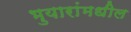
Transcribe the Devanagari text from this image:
भुयारांमधील